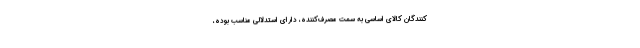
کنندگان کالای اساسی به سمت مصرف‌کننده، دارای استدلالی مناسب بوده،